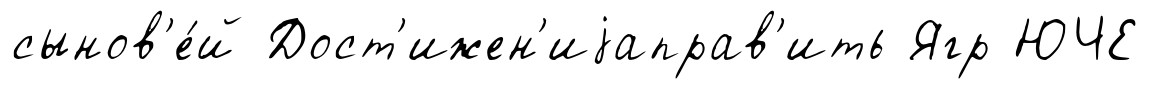
сынов'е́й Дост'ижен'иjаправ'ить Ягр ЮЧЕ